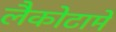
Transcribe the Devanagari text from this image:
लैकोटामें